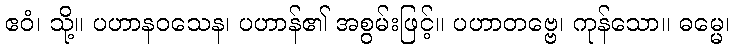
ဧဝံ၊ သို့။ ပဟာနဝသေန၊ ပဟာန်၏ အစွမ်းဖြင့်။ ပဟာတဗ္ဗေ၊ ကုန်သော။ ဓမ္မေ၊